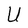
Character: U